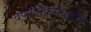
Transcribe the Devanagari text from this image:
वर्णानिक्रमपद्धति